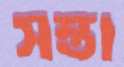
সস্তা